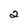
Character: 2